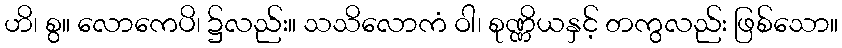
ဟိ၊ စွ။ လောကေပိ၊ ၌လည်း။ သသိလောကံ ဝါ၊ စုဏ္ဏိယနှင့် တကွလည်း ဖြစ်သော။